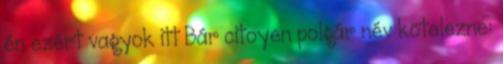
én ezért vagyok itt Bár citoyen polgár név kötelezne: